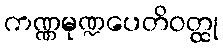
ကဏ္ဏမုဏ္ဍပေတိဝတ္ထု